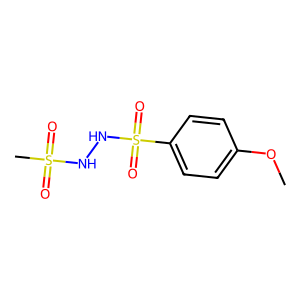
SMILES: COc1ccc(S(=O)(=O)NNS(C)(=O)=O)cc1
Inhibits HIV replication: No